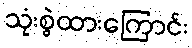
သုံးစွဲထားကြောင်း